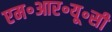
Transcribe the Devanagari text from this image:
एम॰आर॰यू॰सी